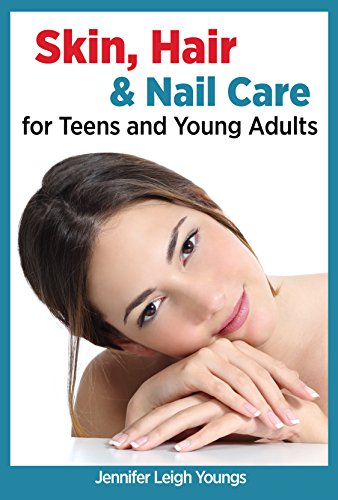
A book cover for Skin, Hair & Nail Care for Teens and Young Adults; Jennifer Leigh Youngs; Teen & Young Adult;